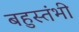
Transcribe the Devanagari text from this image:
बहुस्तंभी